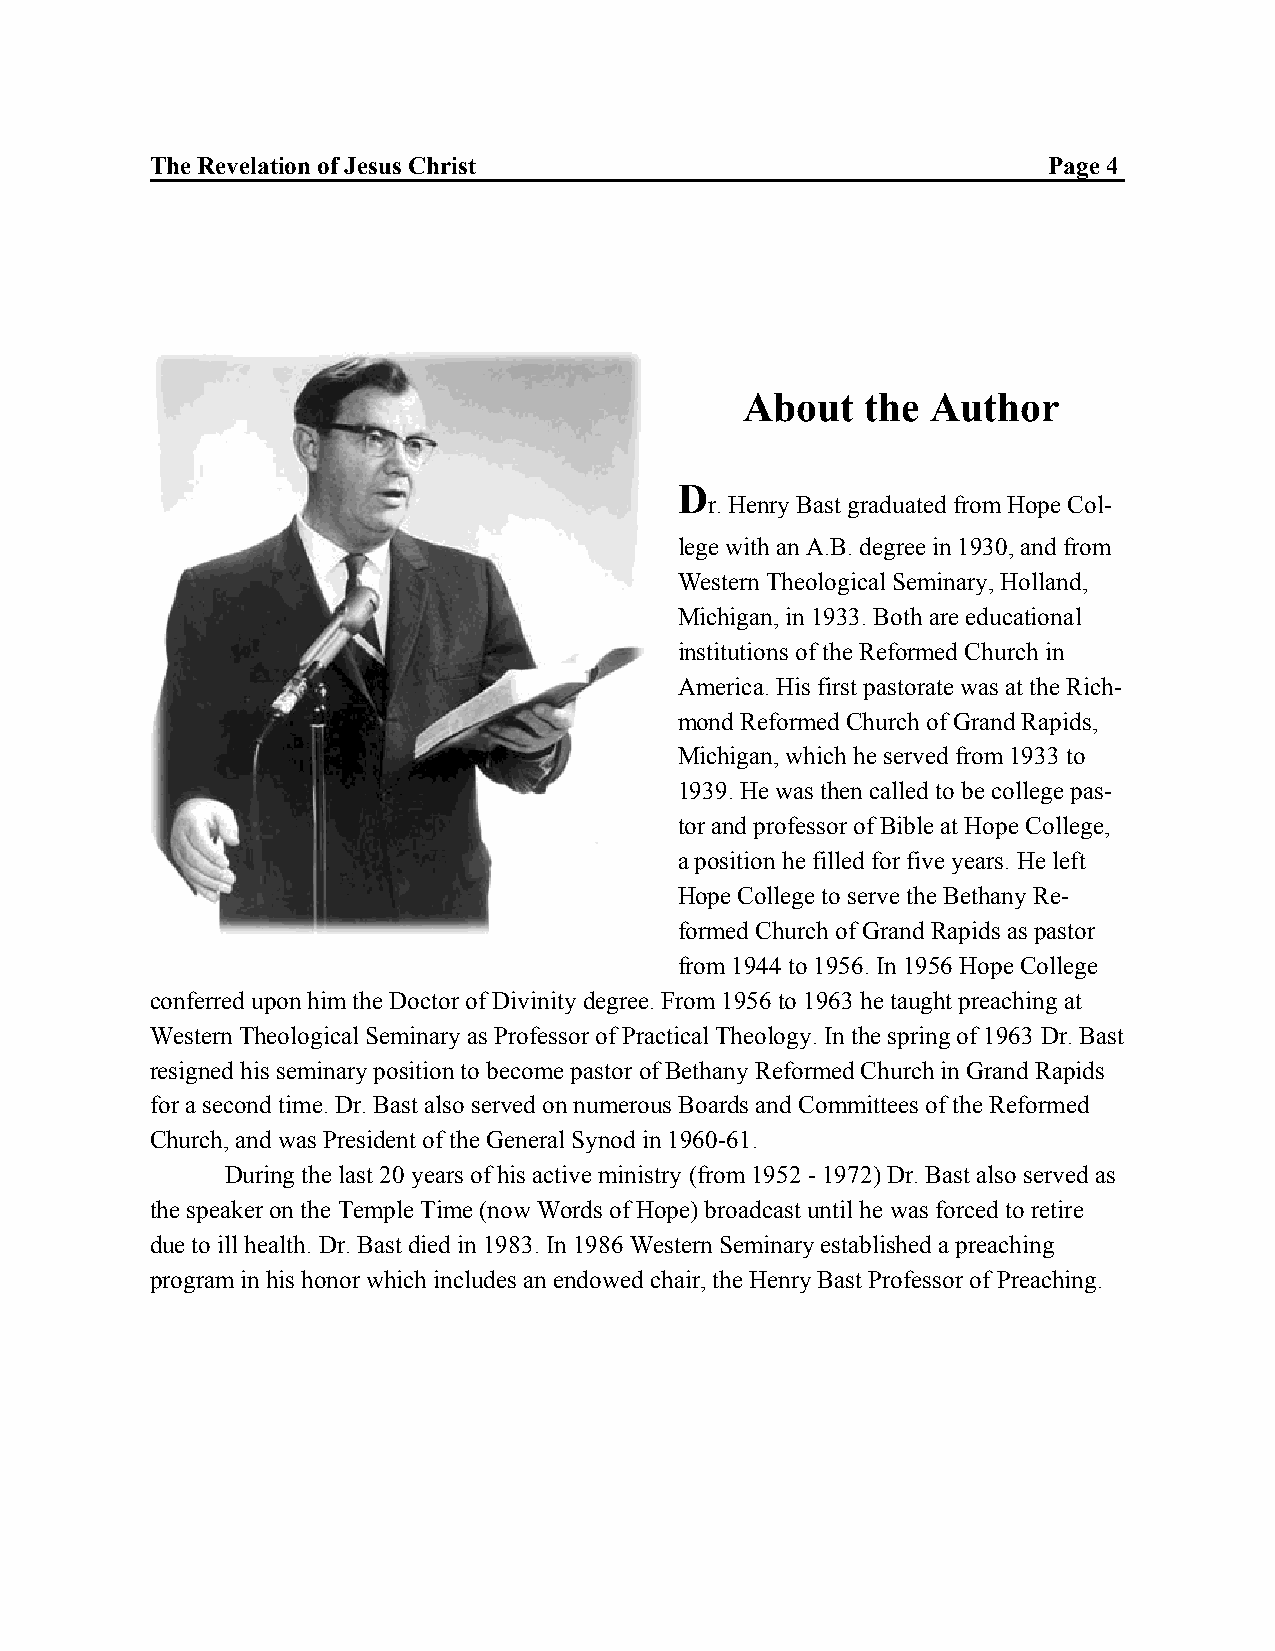
The Revelation of Jesus Christ                             Page 4
 About   the  Author
 D
 r. Henry Bast graduated from Hope Col-
 lege with an A.B. degree in 1930, and from
 Western Theological Seminary, Holland,
 Michigan, in 1933. Both are educational
 institutions of the Reformed Church in
 America. His first pastorate was at the Rich-
 mond Reformed Church of Grand Rapids,
 Michigan, which he served from 1933 to
 1939. He was then called to be college pas-
 tor and professor of Bible at Hope College,
 a position he filled for five years. He left
 Hope College to serve the Bethany Re-
 formed Church of Grand Rapids as pastor
 from 1944 to 1956. In 1956 Hope College
 conferred upon him the Doctor of Divinity degree. From 1956 to 1963 he taught preaching at
 Western Theological Seminary as Professor of Practical Theology. In the spring of 1963 Dr. Bast
 resigned his seminary position to become pastor of Bethany Reformed Church in Grand Rapids
 for a second time. Dr. Bast also served on numerous Boards and Committees of the Reformed
 Church, and was President of the General Synod in 1960-61.
 During the last 20 years of his active ministry (from 1952 - 1972) Dr. Bast also served as
 the speaker on the Temple Time (now Words of Hope) broadcast until he was forced to retire
 due to ill health. Dr. Bast died in 1983. In 1986 Western Seminary established a preaching
 program in his honor which includes an endowed chair, the Henry Bast Professor of Preaching.